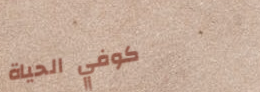
كوفي الحياة